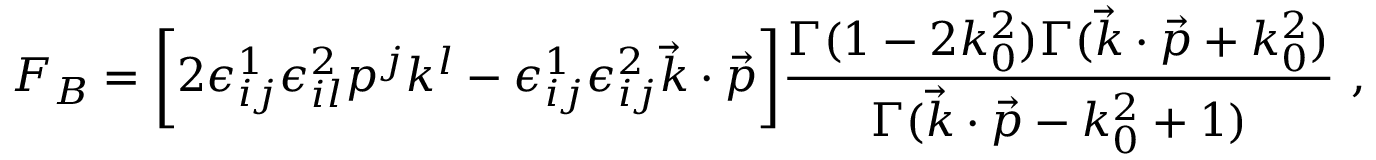
F _ { B } = \bigg [ 2 \epsilon _ { i j } ^ { 1 } \epsilon _ { i l } ^ { 2 } p ^ { j } k ^ { l } - \epsilon _ { i j } ^ { 1 } \epsilon _ { i j } ^ { 2 } \vec { k } \cdot \vec { p } \bigg ] { \frac { \Gamma ( 1 - 2 k _ { 0 } ^ { 2 } ) \Gamma ( \vec { k } \cdot \vec { p } + k _ { 0 } ^ { 2 } ) } { \Gamma ( \vec { k } \cdot \vec { p } - k _ { 0 } ^ { 2 } + 1 ) } } \ ,